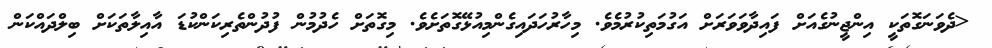
<ދެވަނަގޮތަކީ އިންޖީނުގެއަށް ފައިދާވަވަރަށް އަގުމަތިކުރުމެވެ. މިހާރުހަދައިގެންމިއުޅޭގޮތަށެވެ. މިގޮތަށް ހެދުމުން ފުދުންތެރިކަންކުޑަ އާއިލާތަކަށް ބިލްދައްކަން